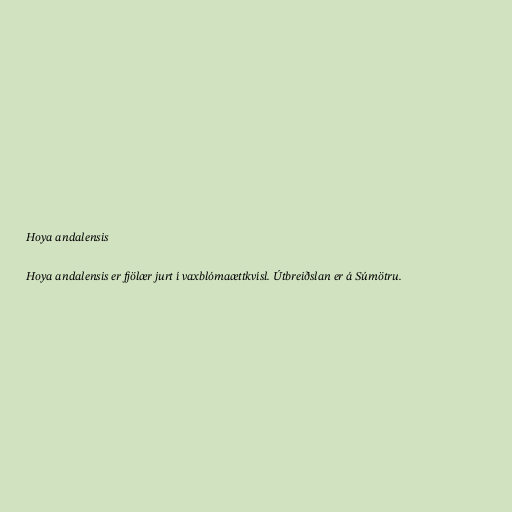
Hoya andalensis

Hoya andalensis er fjölær jurt í vaxblómaættkvísl. Útbreiðslan er á Súmötru.